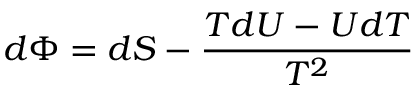
d \Phi = d S - { \frac { T d U - U d T } { T ^ { 2 } } }